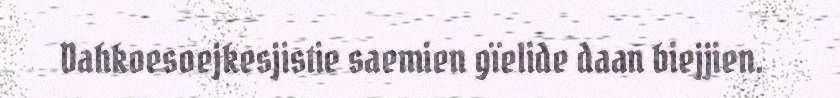
Dahkoesoejkesjistie saemien gïelide daan biejjien.